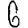
Digit: 6